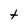
Character: t